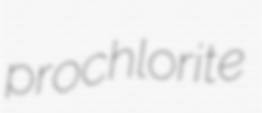
prochlorite